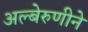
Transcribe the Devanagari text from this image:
अल्बेरुणीने